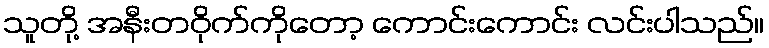
သူတို့ အနီးတဝိုက်ကိုတော့ ကောင်းကောင်း လင်းပါသည်။